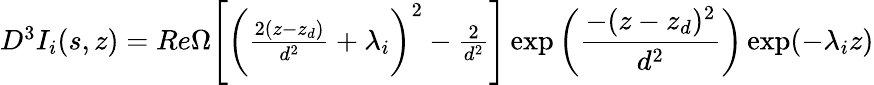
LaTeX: \begin{array}{r}{D^{3}I_{i}(s,z)=Re\Omega\Bigg[\bigg(\frac{2(z-z_{d})}{d^{2}}+\lambda_{i}\bigg)^{2}-\frac{2}{d^{2}}\Bigg]\exp\bigg(\displaystyle\frac{-(z-z_{d})^{2}}{d^{2}}\bigg)\exp(-\lambda_{i}z)}\end{array}